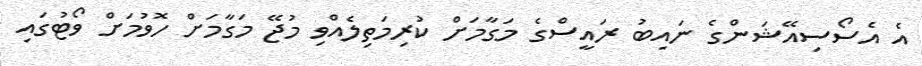
އެ އެސޯސިއޭޝަންގެ ނައިބު ރައީސްގެ މަގާމަށް ކުރިމަތިލެއްވި މުޖޭ މަގާމަށް ހޮވުމަށް ވޯޓުގައި